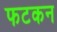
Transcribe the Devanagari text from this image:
फटकन